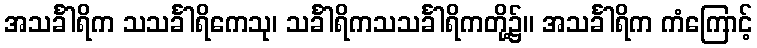
အသင်္ခါရိက သသင်္ခါရိကေသု၊ သင်္ခါရိကသသင်္ခါရိကတို့၌။ အသင်္ခါရိက ကံကြောင့်